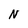
Character: N